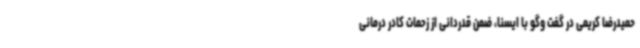
حمیدرضا کریمی در گفت وگو با ایسنا، ضمن قدردانی از زحمات کادر درمانی